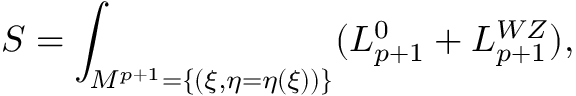
S = \int _ { { \cal M } ^ { p + 1 } = \{ ( \xi , \eta = \eta ( \xi ) ) \} } ( { \cal L } _ { p + 1 } ^ { 0 } + { \cal L } _ { p + 1 } ^ { W Z } ) ,